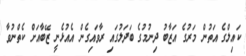
ކައިލްގެ އަތުން މަރުގެ އަޒާބު ދިނުމުގެ ބަދަލުގައި ރާވައިގެން އެއުޅެނީ ޒޭބާއަށް ކެތްނުވާ